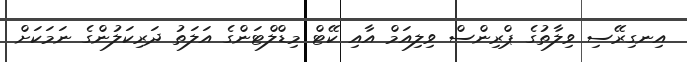
އިނގިރޭސި ވިލާތުގެ ޕްރިންސް ވިލިއަމް އާއި ކޭޓް މިޑްލްޓަންގެ އަލަތު ދަރިކަލުންގެ ނަމަކަށް